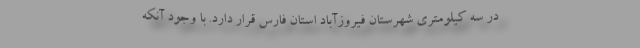
در سه کیلومتری شهرستان فیروزآباد استان فارس قرار دارد. با وجود آنکه